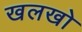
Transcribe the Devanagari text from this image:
खलखो